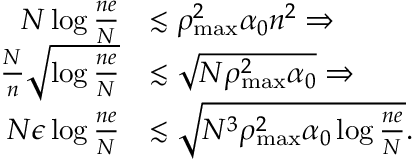
\begin{array} { r l } { N \log \frac { n e } { N } } & { \lesssim \rho _ { \operatorname* { m a x } } ^ { 2 } \alpha _ { 0 } n ^ { 2 } \Rightarrow } \\ { \frac { N } { n } \sqrt { \log \frac { n e } { N } } } & { \lesssim \sqrt { N \rho _ { \operatorname* { m a x } } ^ { 2 } \alpha _ { 0 } } \Rightarrow } \\ { N \epsilon \log \frac { n e } { N } } & { \lesssim \sqrt { N ^ { 3 } \rho _ { \operatorname* { m a x } } ^ { 2 } \alpha _ { 0 } \log \frac { n e } { N } } . } \end{array}